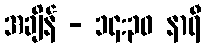
အချိန် - ၁၄:၃၀ နာရီ